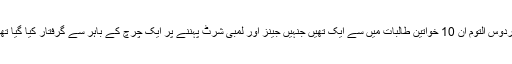
فردوس التوم ان 10 خواتین طالبات میں سے ایک تھیں جنہیں جینز اور لمبی شرٹ پہننے پر ایک چرچ کے باہر سے گرفتار کیا گیا تھا۔